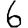
Digit: 6